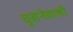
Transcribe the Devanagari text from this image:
चूसनेवाली